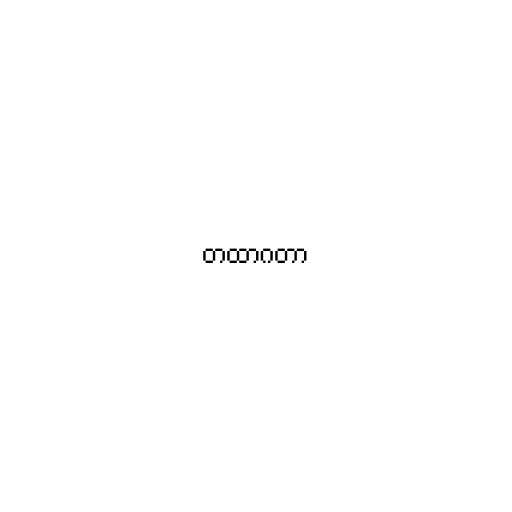
တထာဂတာ